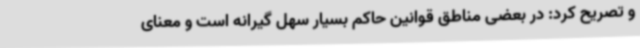
و تصریح کرد: در بعضی مناطق قوانین حاکم بسیار سهل گیرانه است و معنای